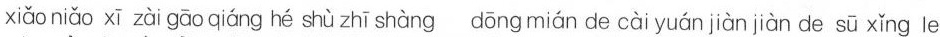
xiǎo niǎo xī zàì gāo qiáng hé shù zhī shàng dōng mián de cài yuán jiàn jiàn de sū xǐng le